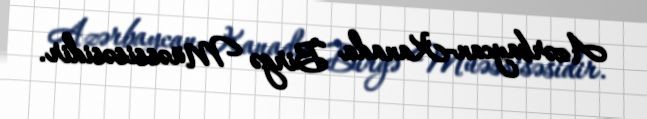
Azərbaycan-Kanada Birgə Müəssisəsidir.